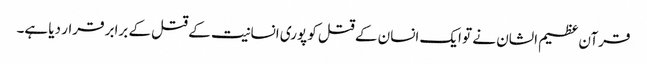
قرآن عظیم الشان نے تو ایک انسان کے قتل کو پوری انسانیت کے قتل کے برابر قرار دیا ہے۔